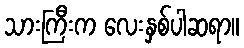
သားကြီးက လေးနှစ်ပါဆရာ။